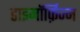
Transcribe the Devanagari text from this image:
डाइमॉर्फ़िज्म